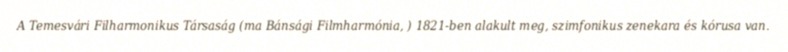
A Temesvári Filharmonikus Társaság (ma Bánsági Filmharmónia, ) 1821-ben alakult meg, szimfonikus zenekara és kórusa van.